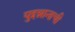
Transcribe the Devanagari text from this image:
युइन्नानाची